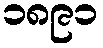
၁၈၉၁